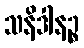
သနိဒါနဉ္စ